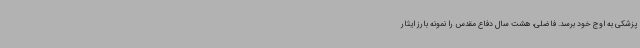
پزشکی به اوج خود برسد. فاضلی، هشت سال دفاع مقدس را نمونه بارز ایثار